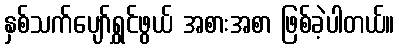
နှစ်သက်ပျော်ရွှင်ဖွယ် အစားအစာ ဖြစ်ခဲ့ပါတယ်။